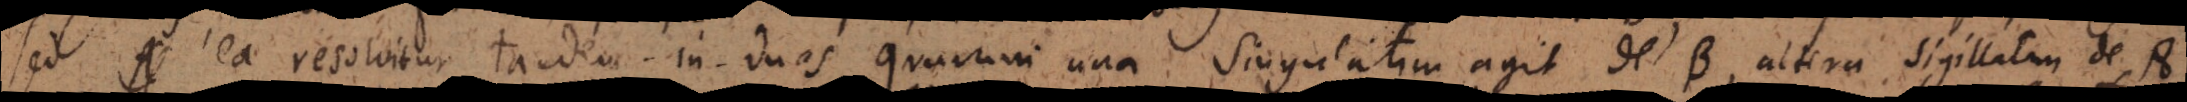
Sed ea resolvitur tandem in duas quarum una singulatim agit de B, altera sigillatim de A,